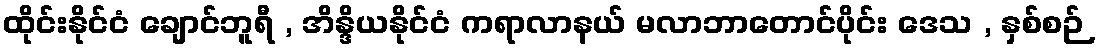
ထိုင်းနိုင်ငံ ချောင်ဘူရီ , အိန္ဒိယနိုင်ငံ ကရာလာနယ် မလာဘာတောင်ပိုင်း ဒေသ , နှစ်စဉ်